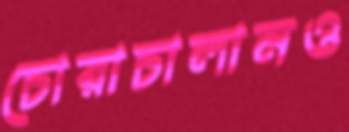
চোরাচালানও